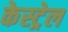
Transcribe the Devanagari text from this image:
केस्ट्रेल